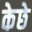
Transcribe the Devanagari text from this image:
केछे